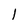
Character: 1